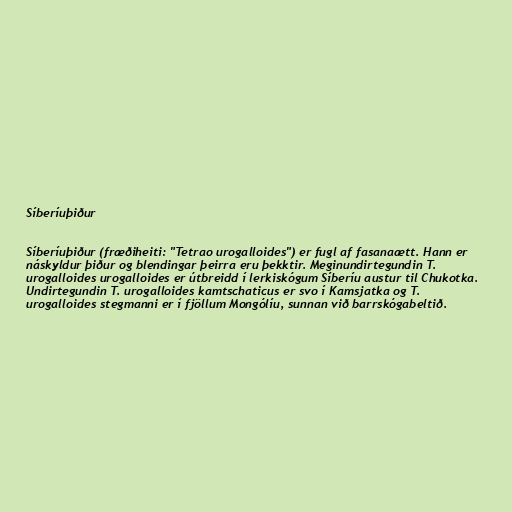
Síberíuþiður

Síberíuþiður (fræðiheiti: "Tetrao urogalloides") er fugl af fasanaætt. Hann er
náskyldur þiður og blendingar þeirra eru þekktir. Meginundirtegundin T.
urogalloides urogalloides er útbreidd í lerkiskógum Síberíu austur til Chukotka.
Undirtegundin T. urogalloides kamtschaticus er svo í Kamsjatka og T.
urogalloides stegmanni er í fjöllum Mongólíu, sunnan við barrskógabeltið.